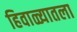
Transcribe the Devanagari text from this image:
हिवाळ्यातला